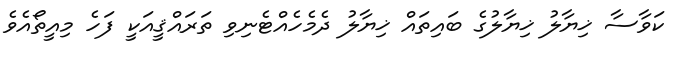
ކަވާސާ ޚިޔާލު ޚިޔާލުގެ ބައިތައް ޚިޔާލު ދެމެހެއްޓެނިވި ތަރައްޤީއަކީ ފަހެ މިއީތޯއެވެ